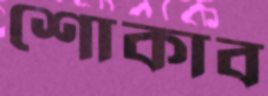
শোকাব